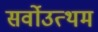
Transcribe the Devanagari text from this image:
सर्वोउत्थम